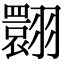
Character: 翾